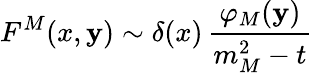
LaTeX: F^{M}(x,\mathbf{y})\sim\delta(x)\, \frac{{\varphi_{M}(\mathbf{y})}}{{m_{M}^{2}-t}}